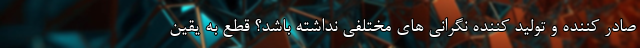
صادر کننده و تولید کننده نگرانی های مختلفی نداشته باشد؟ قطع به یقین